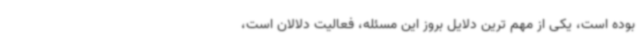
بوده است، یکی از مهم ترین دلایل بروز این مسئله، فعالیت دلالان است،